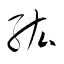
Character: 紘